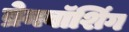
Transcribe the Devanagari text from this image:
ब्रेनवॉशिंग